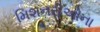
મિશનરીઓના